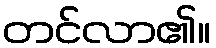
တင်လာ၏။